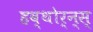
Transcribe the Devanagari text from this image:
हव्थोर्न्स्